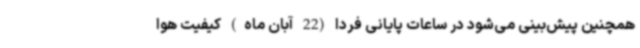
همچنین پیش‌بینی می‌شود در ساعات پایانی فردا (22 آبان ماه) کیفیت هوا